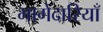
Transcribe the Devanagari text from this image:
भागेदारियाँ